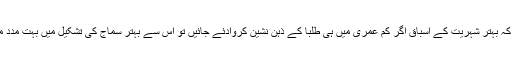
انہوں نے کہا کہ بہتر شہریت کے اسباق اگر کم عمری میں ہی طلبا کے ذہن نشین کروادئے جائیں تو اس سے بہتر سماج کی تشکیل میں بہت مدد مل سکتی ہے ۔